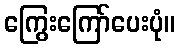
ကြွေးကြော်ပေးပုံ။